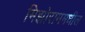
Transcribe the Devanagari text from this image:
मिझोराममधील